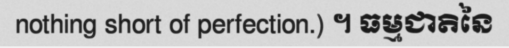
nothing short of perfection.) ។ ធម្មជាតិនៃ